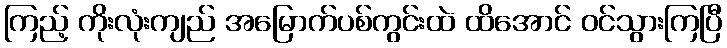
ကြည့် ကိုးလုံးကျည် အမြောက်ပစ်ကွင်းထဲ ထိအောင် ဝင်သွားကြပြီ